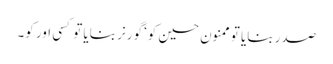
صدر بنایا تو ممنون حسین کو‘ گورنر بنایا تو کسی اور کو۔